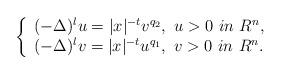
LaTeX: \begin{align*} \left \{ \begin{array}{l} (-\Delta)^{l} u=|x|^{-t}v^{q_2}, ~u>0~in~R^n,\\ (-\Delta)^{l} v=|x|^{-t}u^{q_1}, ~v>0~in~R^n. \end{array} \right.\end{align*}